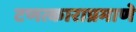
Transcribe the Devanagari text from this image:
टणत्काराप्रमाणे